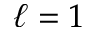
\ell = 1